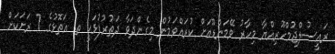
ރައީސުލްޖުމްހޫރިއްޔާ މިހާރު ވޭމަންޑޫއަށް ކުރައްވަމުން މިގެންދަވާ ދަތުރުފުޅަކީ ތ. އަތޮޅުގެ 7 ރަށަކަށް